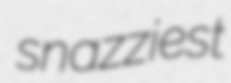
snazziest